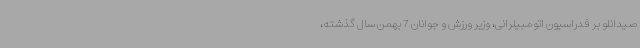
صیدانلو بر فدراسیون اتومبیلرانی، وزیر ورزش و جوانان 7 بهمن سال گذشته،